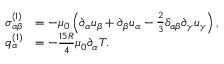
\begin{array} { r l } { \sigma _ { \alpha \beta } ^ { ( 1 ) } } & { = - \mu _ { 0 } \left( \partial _ { \alpha } u _ { \beta } + \partial _ { \beta } u _ { \alpha } - \frac { 2 } { 3 } \delta _ { \alpha \beta } \partial _ { \gamma } u _ { \gamma } \right) , } \\ { q _ { \alpha } ^ { ( 1 ) } } & { = - \frac { 1 5 R } { 4 } \mu _ { 0 } \partial _ { \alpha } T . } \end{array}